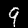
Digit: 9